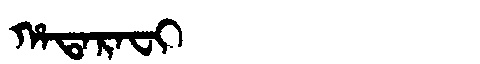
Manchu: ᡥᠠᡨᠠᡵᠠᠸᡳ
Romanization: HATARAFI